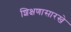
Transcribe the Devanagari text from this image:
शिक्षणासारखे